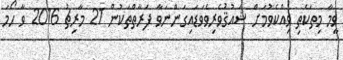
ވީމާ މިތަކެތި ވިއްކެވުމަށް ޝައުޤުވެރިވެވަޑައިގަންނަވާ ފަރާތްތަކުން 21 މާރިޗު 2016 ވާ ހޯމަ